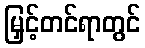
မြှင့်တင်ရာတွင်